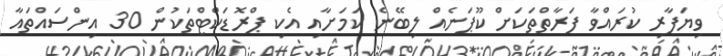
ވިޔަފާރި ކުރައްވާ ފަރާތްތަކަށް ކޫޕަނެއް ލިބޭނެ ކަމަށާއި އެކި ޕްރޮޑަކްޓްތަކުން 30 އިންސައްތައާ